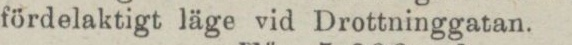
fördelaktigt läge vid Drottninggatan.